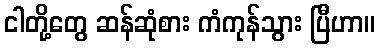
ငါတို့တွေ ဆန်ဆုံစား ကံကုန်သွား ပြီဟာ။